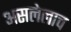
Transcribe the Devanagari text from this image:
असलेलाच